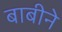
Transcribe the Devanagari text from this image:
बाबीने